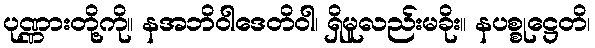
ပုဏ္ဏားတို့ကို။ နအဘိဝါဒေတိဝါ၊ ရှိမူလည်းမခိုး။ နပစ္စုဋ္ဌေတိ၊